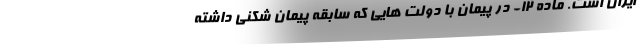
ایران است. ماده ۱۲- در پیمان با دولت هایی که سابقه پیمان شکنی داشته